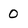
Character: 0